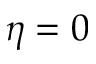
\eta = 0